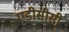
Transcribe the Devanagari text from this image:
एडीसीसी